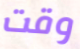
وقت